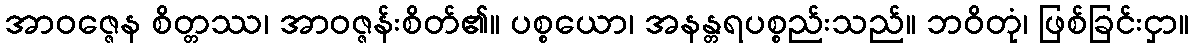
အာဝဇ္ဇေန စိတ္တဿ၊ အာဝဇ္ဇန်းစိတ်၏။ ပစ္စယော၊ အနန္တရပစ္စည်းသည်။ ဘဝိတုံ၊ ဖြစ်ခြင်းငှာ။